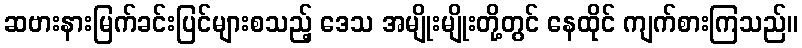
ဆဗားနားမြက်ခင်းပြင်များစသည့် ဒေသ အမျိုးမျိုးတို့တွင် နေထိုင် ကျက်စားကြသည်။